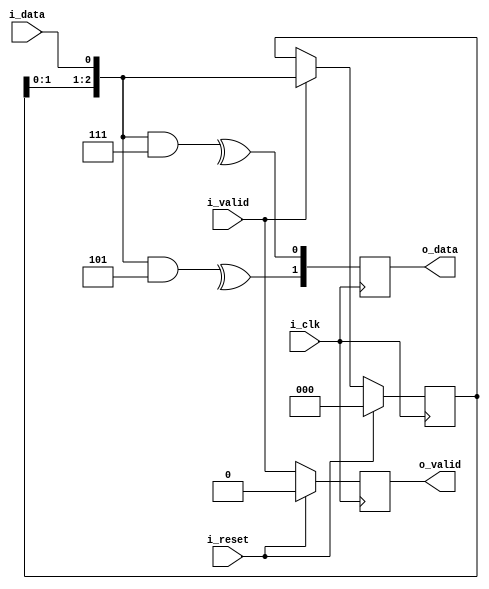
`timescale 1ns / 1ps
//////////////////////////////////////////////////////////////////////////////////
// Company: 
// Engineer: 
// 
// Design Name: 
// Module Name: viterbi_enc
// Project Name: 
// Target Devices: 
// Tool Versions: 
// Description: 
// 
// Dependencies: 
// 
// Revision:
// Revision 0.01 - File Created
// Additional Comments:
// 
//////////////////////////////////////////////////////////////////////////////////


module viterbi_enc #(parameter p_size_polinom = 3, parameter p_polinom_0 = 3'b111, parameter p_polinom_1 = 3'b101, parameter p_defoult_state = 3'b000)(
    i_clk,
    i_reset,
    i_data,
    i_valid,
    o_data,
    o_valid
    );

    input                           i_clk;
    input                           i_reset;
    input                           i_data;
    input                           i_valid;
    output  [1:0]                   o_data;
    output                          o_valid;

    reg     [p_size_polinom-1:0]    r_shift = p_defoult_state;
    reg                             r_ovalid = 0;
    reg     [1:0]                   r_odata;

    wire    [p_size_polinom-1:0]    w_shift = {r_shift, i_data};
    wire    [p_size_polinom-1:0]    w_p0 = w_shift & p_polinom_0;
    wire    [p_size_polinom-1:0]    w_p1 = w_shift & p_polinom_1;

    assign  o_data = r_odata;
    assign  o_valid = r_ovalid;

    always @(posedge i_clk) begin : a_reg_shift;
        if(i_reset)         r_shift <= p_defoult_state;
        else if(i_valid)    r_shift <= w_shift;
    end

    always @(posedge i_clk) begin
        r_odata[0] <= ^w_p0;
        r_odata[1] <= ^w_p1;
    end

    always @(posedge i_clk) begin : a_valid
        if(i_reset)         r_ovalid <= 0;
        else                r_ovalid <= i_valid;
    end

    
endmodule